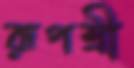
রূপশ্রী